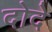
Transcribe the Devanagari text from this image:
दोदे